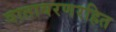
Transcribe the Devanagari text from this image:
वातावरणरहित